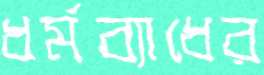
ধর্মব্যাধের